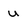
Character: u